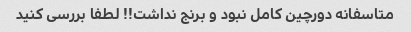
متاسفانه دورچین کامل نبود و برنج نداشت!! لطفا بررسی کنید